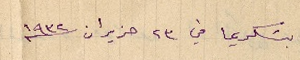
بسَكريما في ٢٣ حزيران سنة ١٩٣٢